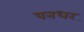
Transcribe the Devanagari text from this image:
पनधर